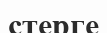
стерге